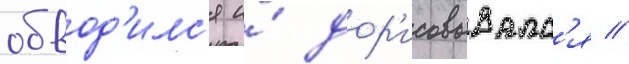
обвод'илс'я и́ дор'исовывалс'я //